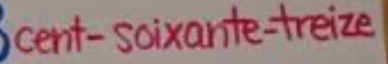
cent-soixante-treize